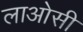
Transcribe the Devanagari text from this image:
लाओसी